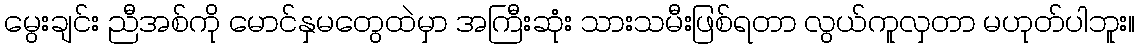
မွေးချင်း ညီအစ်ကို မောင်နှမတွေထဲမှာ အကြီးဆုံး သားသမီးဖြစ်ရတာ လွယ်ကူလှတာ မဟုတ်ပါဘူး။